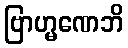
ဗြာဟ္မဏေဘိ